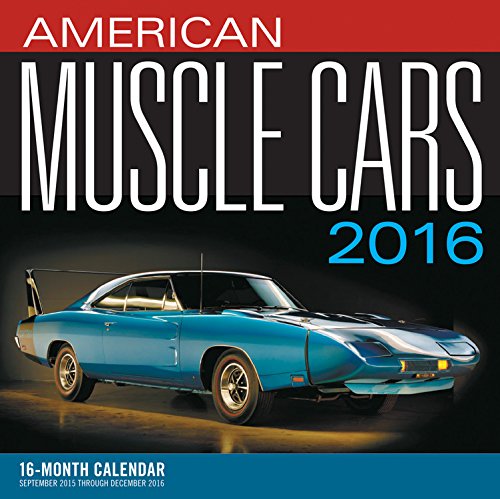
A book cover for American Muscle Cars 2016: 16-Month Calendar September 2015 through December 2016; Calendars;